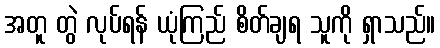
အတူ တွဲ လုပ်ရန် ယုံကြည် စိတ်ချရ သူကို ရှာသည်။